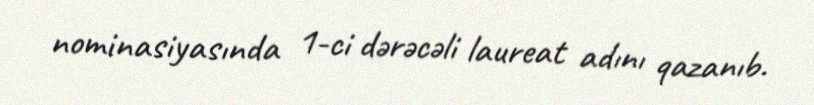
nominasiyasında 1-ci dərəcəli laureat adını qazanıb.